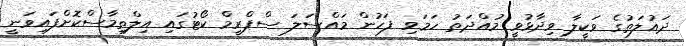
ދައުލަތުގެ ވަކީލާ ވިދާޅުވީ މުއްްދަތު ހަމަވި ފަހުން މައްސަލަ ސްޕްރީމް ކޯޓުގައި އިލްތިމާސްކޮށްފައިވަނީ